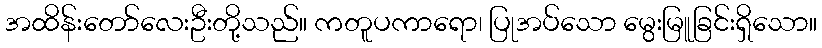
အထိန်းတော်လေးဦးတို့သည်။ ကတူပကာရော၊ ပြုအပ်သော မွေးမြူခြင်းရှိသော။